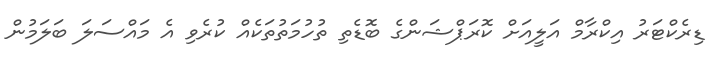
ޑިރެކްޓަރު އިކްރާމް އަލީއަށް ކޮރަޕްޝަންގެ ބޮޑެތި ތުހުމަތުތަކެއް ކުރެވި އެ މައްސަލަ ބަލަމުން